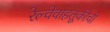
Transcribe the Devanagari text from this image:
रेल्वेवाहतूकीची